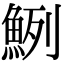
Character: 𩶽